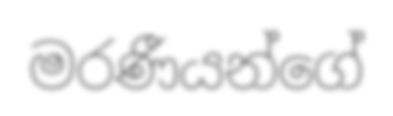
මරණීයන්ගේ